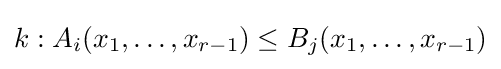
k:A_{i}(x_{1},\dots ,x_{r-1})\leq B_{j}(x_{1},\dots ,x_{r-1})